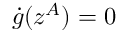
\dot { g } ( z ^ { A } ) = 0